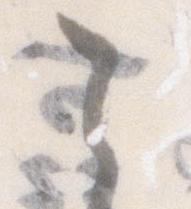
之